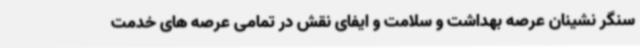
سنگر نشینان عرصه بهداشت و سلامت و ایفای نقش در تمامی عرصه های خدمت